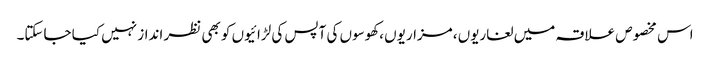
اس مخصوص علاقہ میں لغاریوں ،مزاریوں ،کھوسوں کی آپس کی لڑائیوں کو بھی نظر انداز نہیں کیا جاسکتا۔